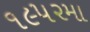
૧૯૫૨મા